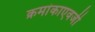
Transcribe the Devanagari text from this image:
क्रमांकाएवजी